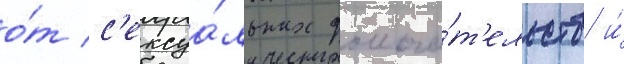
о́т с'ексуа́льных домога́т'ельств и́